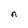
Character: n